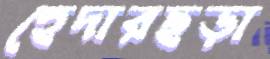
হেদারছড়া